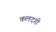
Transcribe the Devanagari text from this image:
कलदगी